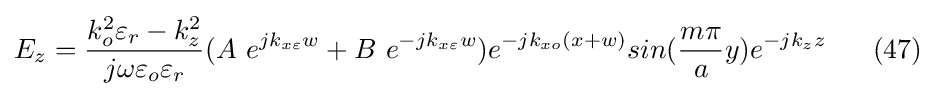
E_{z}={\frac {k_{o}^{2}\varepsilon _{r}-k_{z}^{2}}{j\omega \varepsilon _{o}\varepsilon _{r}}}(A\ e^{jk_{x\varepsilon }w}+B\ e^{-jk_{x\varepsilon }w})e^{-jk_{xo}(x+w)}sin({\frac {m\pi }{a}}y)e^{-jk_{z}z}\ \ \ \ \ (47)